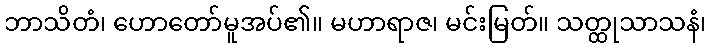
ဘာသိတံ၊ ဟောတော်မူအပ်၏။ မဟာရာဇ၊ မင်းမြတ်။ သတ္ထုသာသနံ၊